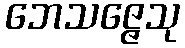
ဘေသဇ္ဇေသု